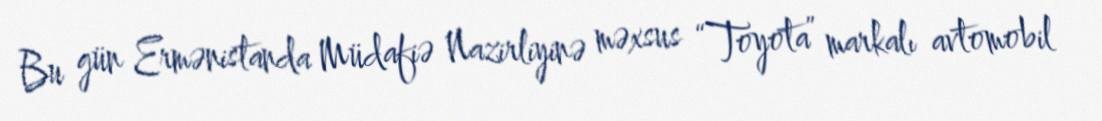
Bu gün Ermənistanda Müdafiə Nazirliyinə məxsus “Toyota” markalı avtomobil